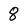
Character: 8